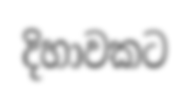
දිහාවකට